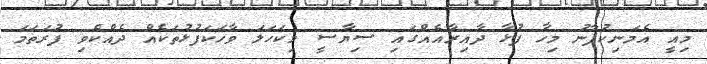
މިއީ އެމަނިކުފާނު މިހާ ފުޅާ ދާއިރާއެއްގައި ސިޔާސީ މިކަހަލަ ވާހަކަފުޅުތަކެއް ދެއްކެވި ފުރަތަމަ